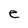
Character: e